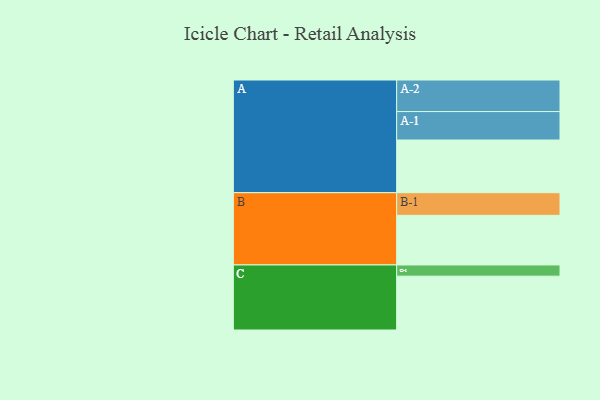
{"axis": {"x": "Segment", "y": "Value"}, "legend": ["", "A", "B", "C"], "data": [{"x": "A", "y": 409, "type": ""}, {"x": "B", "y": 385, "type": ""}, {"x": "C", "y": 418, "type": ""}, {"x": "A-1", "y": 221, "type": "A"}, {"x": "A-2", "y": 245, "type": "A"}, {"x": "B-1", "y": 176, "type": "B"}, {"x": "C-1", "y": 87, "type": "C"}]}